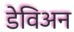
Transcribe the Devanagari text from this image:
डेविअन